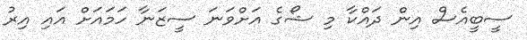
ސީބީއެސް އިން ދައްކާ މި ޝޯގެ އަށްވަނަ ސީޒަނާ ހަމައަށް އައި އިރު